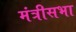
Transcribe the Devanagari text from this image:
मंत्रीसभा